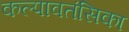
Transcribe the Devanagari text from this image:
कल्पावतंसिका